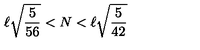
\ell \sqrt { \frac { 5 } { 5 6 } } < N < \ell \sqrt { \frac { 5 } { 4 2 } }